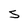
Character: S